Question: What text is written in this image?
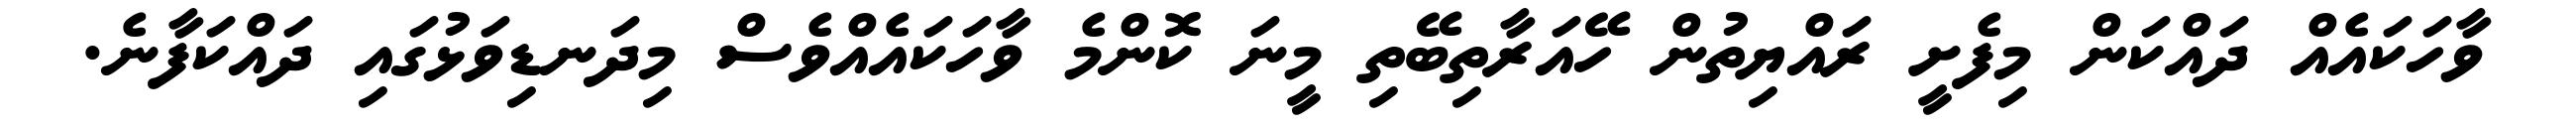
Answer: ވާހަކައެއް ދައްކަން މިފެށީ ރައްޔިތުން ހޭއަރާތިބޭތި މީނަ ކޮންމެ ވާހަކައެއްވެސް މިދަނޑިވަޅުގައި ދައްކަފާނެ.